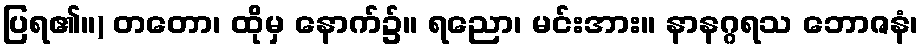
ပြရ၏။) တတော၊ ထိုမှ နောက်၌။ ရညော၊ မင်းအား။ နာနဂ္ဂရသ ဘောဇနံ၊